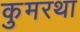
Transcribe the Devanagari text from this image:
कुमरथा